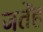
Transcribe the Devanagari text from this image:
जिंतेंह